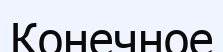
Конечное